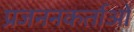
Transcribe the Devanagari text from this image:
प्रजननकर्ताओं